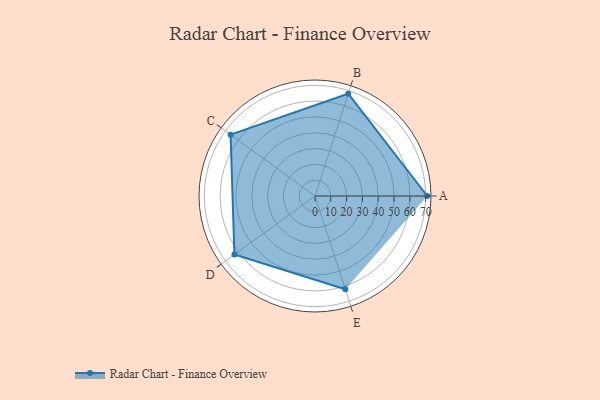
{"axis": {"x": "Skill", "y": "Score"}, "legend": ["Profile"], "data": [{"x": "A", "y": 71.0, "type": "Profile"}, {"x": "B", "y": 68.0, "type": "Profile"}, {"x": "C", "y": 66.0, "type": "Profile"}, {"x": "D", "y": 63.0, "type": "Profile"}, {"x": "E", "y": 62.0, "type": "Profile"}]}